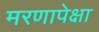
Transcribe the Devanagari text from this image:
मरणापेक्षा